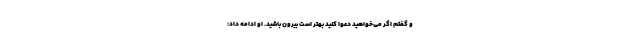
و گفتم اگر می‌خواهید دعوا کنید بهتر است بیرون باشید. او ادامه داد: